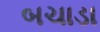
બચાડા